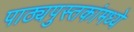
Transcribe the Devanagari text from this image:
पाठ्यपुस्तकांमध्ये